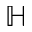
\mathbb H